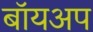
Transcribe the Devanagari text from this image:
बॉयअप